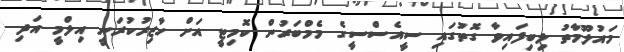
މައުލޫމާތު ލިބިފައިވާ ގޮތުގައި ސީއެސްސީގެ މެމްބަރުން ކޮމިޓީ އަށް ހާޒިރުކުރަނީ އިލްމީ އަދި